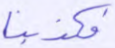
فكذبنا